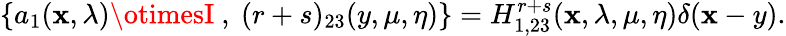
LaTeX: \{ a_{1}(\mathbf{x},\lambda)\otimesI~,~(r+s)_{23}(y,\mu,\eta)\} =H_{1,23}^{r+s}(\mathbf{x},\lambda,\mu,\eta)\delta(\mathbf{x}-y).